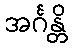
အင်္ဂန္တိ